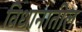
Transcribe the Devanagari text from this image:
विधानातील